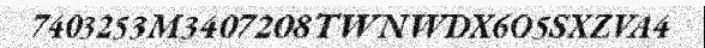
7403253M3407208TWNWDX6O5SXZVA4